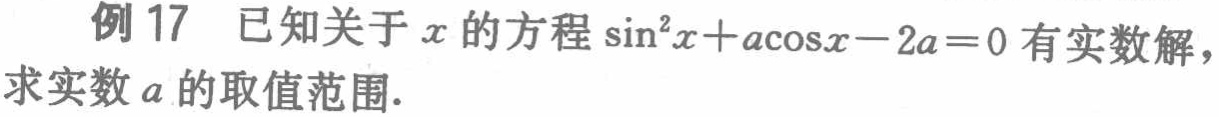
例 17 已知关于\(x\)的方程\(\sin^{2}x + a\cos x - 2a = 0\)有实数解，求实数\(a\)的取值范围.